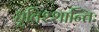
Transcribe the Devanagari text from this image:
धृतिश्शान्तिः